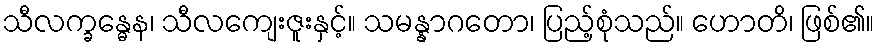
သီလက္ခန္ဓေန၊ သီလကျေးဇူးနှင့်။ သမန္နာဂတော၊ ပြည့်စုံသည်။ ဟောတိ၊ ဖြစ်၏။